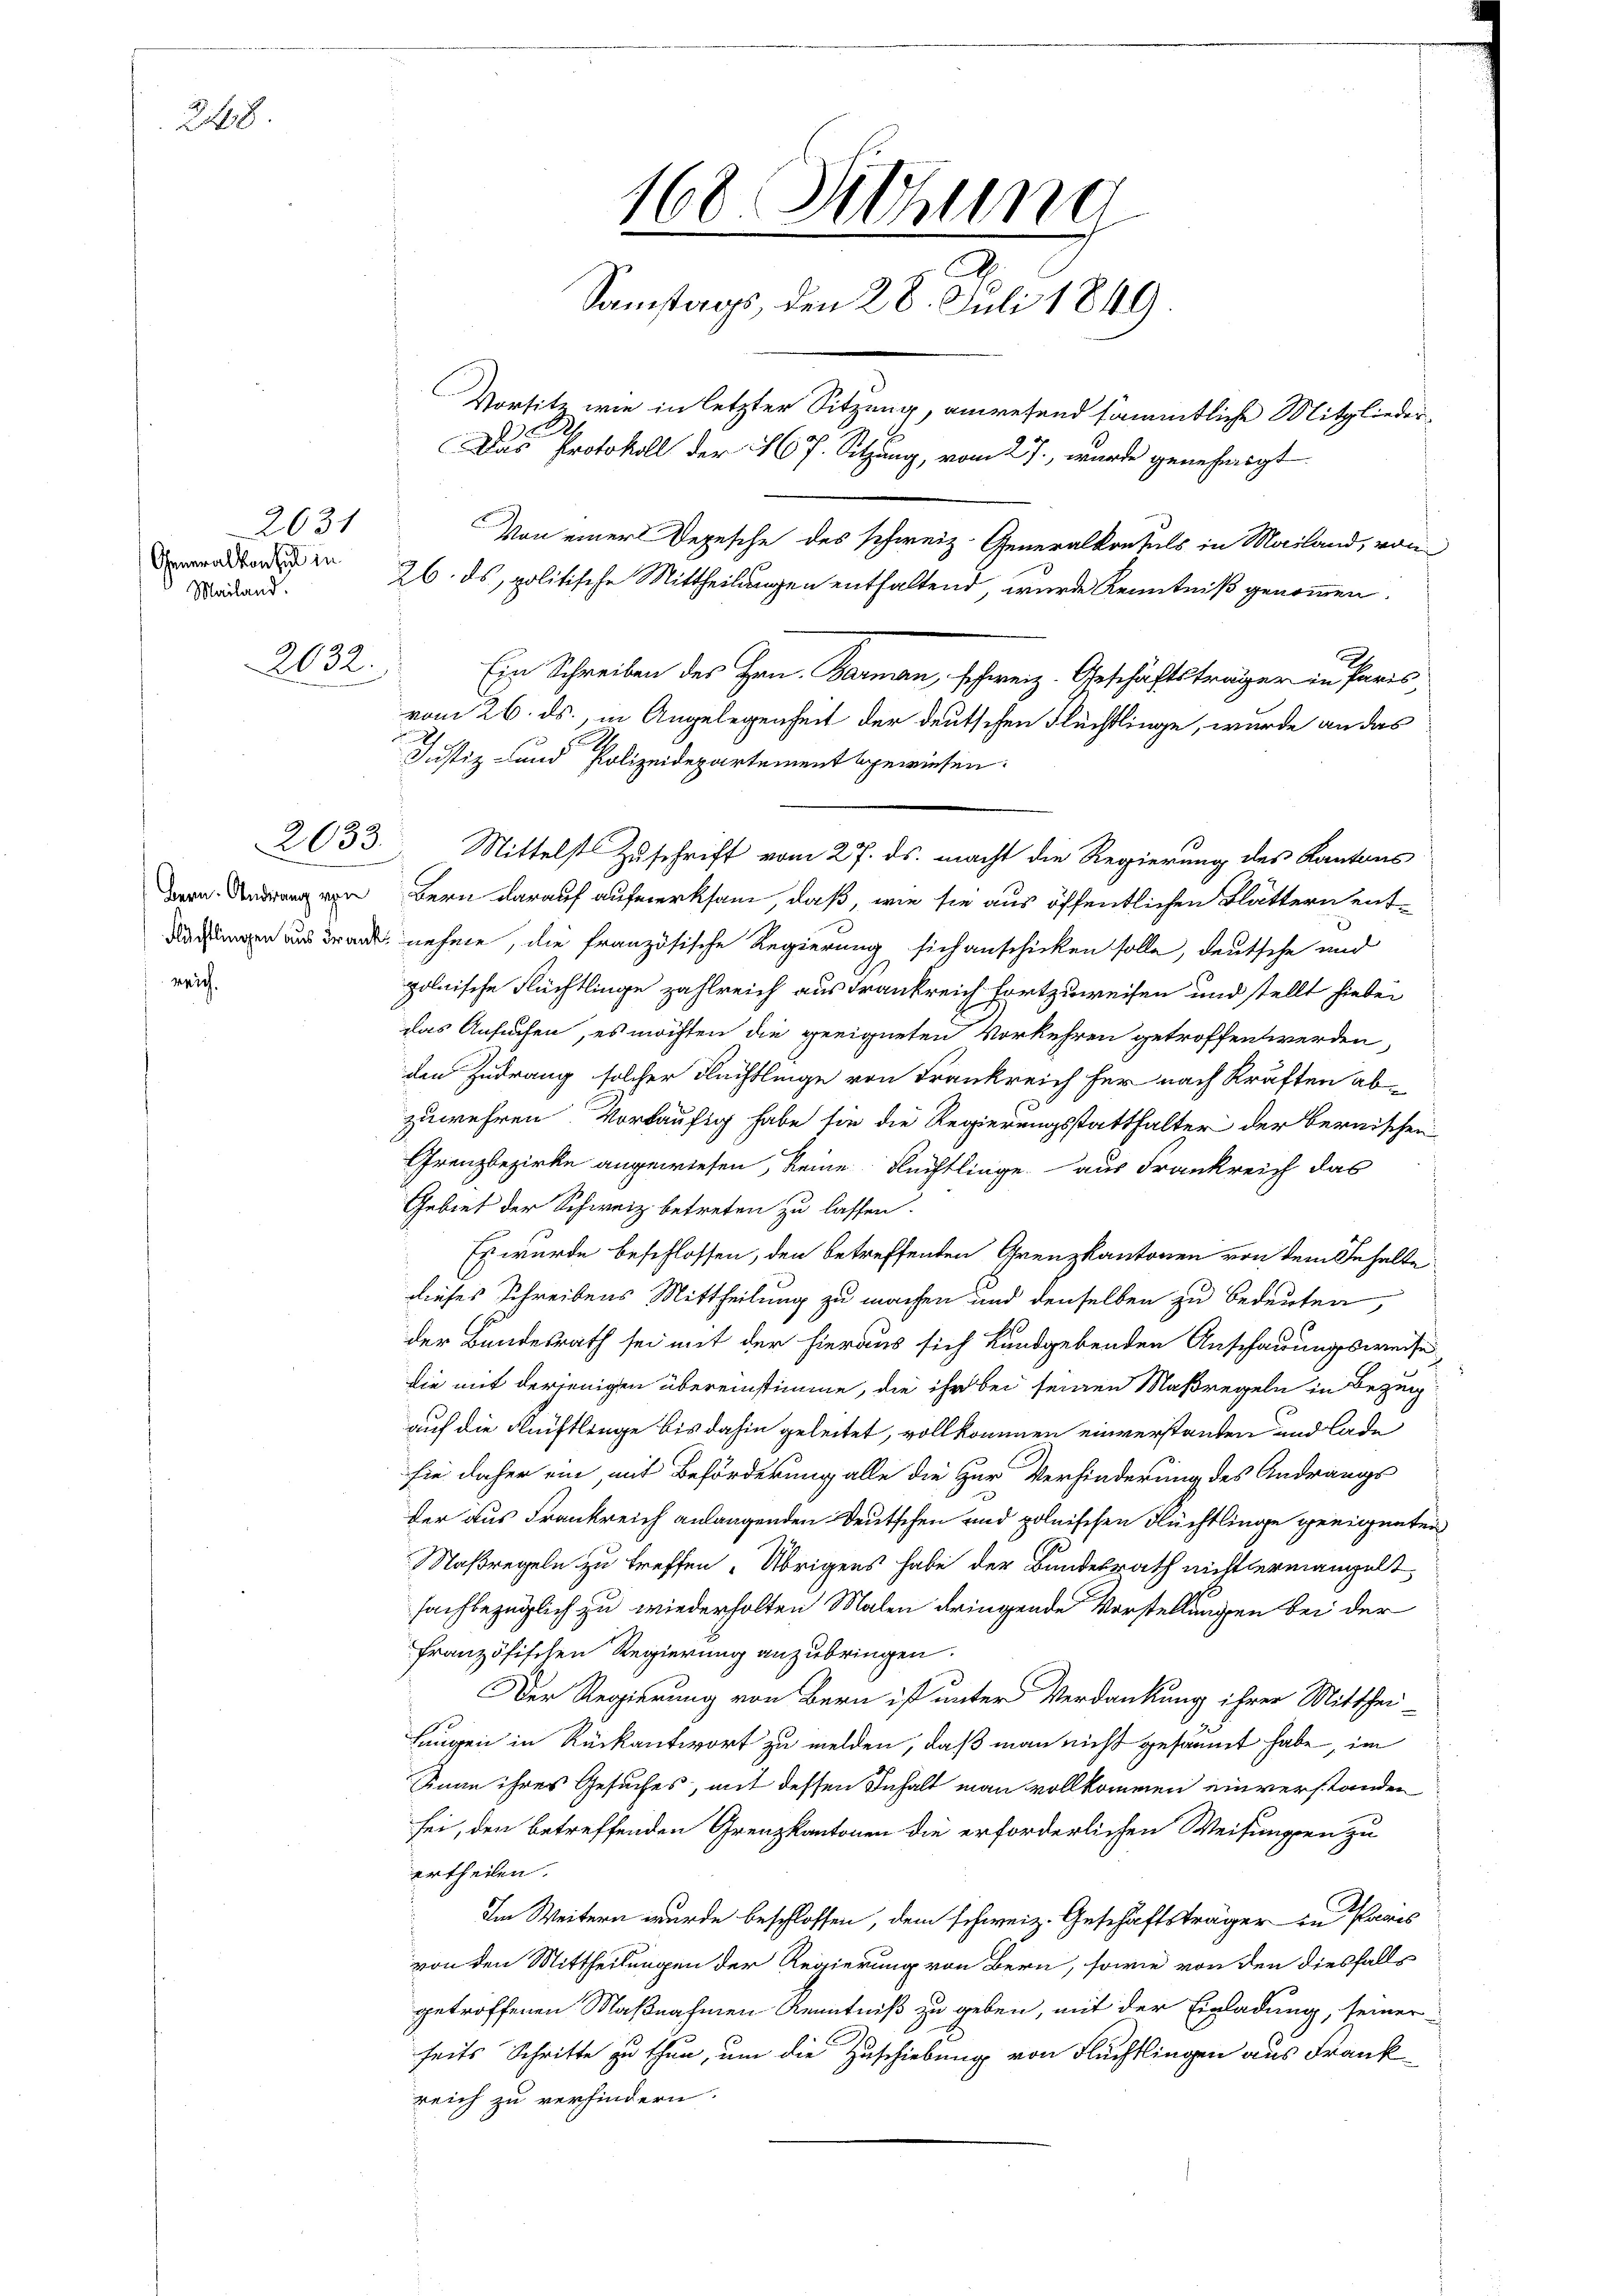
228.

2631
Generalkonsul in
Mailand.
2032.

.

Bern. Andrang von

168 Sitzung
Samstags, den 28. Juli 1849.
Vorsitz wie in letzter Sitzung, anwesend sämmtliche Mitglieder¬
Das Protokoll der 467. Sitzung, vom 27., wurde genehmigt
Von einer Depesche des schweiz. Generalkonsuls in Mailand, von
26. ds, politische Mittheilungen enthaltend, wurde Kenntniß genommen.

Ein Schreiben des Hrn. Baran, schweiz. Geschäftsträger in Paris
vom 26. ds., in Angelegenheit der deutschen Flüchtlinge, wurde an das
2
Justiz- und Polizeidepartement bewiesen.

2033 Mittelst Zuschrift vom 27. ds. macht die Regierung des Kantons
Bern darauf aufmerksam, daß, wie sie aus öffentlichen Blättern entagen aus Brand nehme, die französische Regierung sich anschicken solle, deutsche und
polnische Flüchtlinge zahlreich aus Frankreich fortzuweisen und stellt hiebei
das Ansuchen, es möchten die geeigneten Vorkehren getroffen werden,
den Zudrang solcher Flüchtlinge von Frankreich her nach Kräften abzuwehren, vorläufig habe sie die Regierungsstatthalter der bernischen
Grenzbezirke angewiesen, keine Flüchtlinge aus Frankreich das
Gebiet der Schweiz betreten zu lassen.
Es wurde beschlossen, den betreffenden Grenzkantonen von dem Inhalte
dieses Schreibens Mittheilung zu machen und denselben zu bedeuten,
der Bundesrath sei mit der hieraus sich kundgebenden Anschauungsweise
die mit derjenigen übereinstimme, die ihr bei seinen Maßregeln in Bezugauf die Fleistlinge bis dahin geleitet, vollkommen einverstanden und lade
sie daher ein, mit Beförderung alle die Zur Verhinderung des Andrangs
der aus Frankreich anlangenden Deutschen und polnischen Flüchtlinge geeigneten
Maßregeln zu treffen. Übrigens habe der Bundesrath nicht ermangelt,
fachbezüglich zu wiederholten Malen dringende Vorstellungen bei der
französischen Regierung anzubringen.
Der Regierung von Bern ist unter Verdankung ihrer Mitthei-
Langen in Rückantwort zu melden, daß man nicht gesammt habe, im
Sinne ihres Gesuches, mit dessen Inhalt man vollkommen einverstanden
sei, den betreffenden Grenzkantonen die erforderlichen Weisungen zu
ertheilen.
Im Weitern wurde beschlossen, dem schweiz. Geschäftsträger in Paar
von den Mittheilungen der Regierung von Bern, sowie von den diesfalls
getroffenen Maßnahmen Kenntniß zu geben, mit der Einladung, seiner-
seits Schritte zu thun, um die Zuschiebung von Flüchtlingen aus Frank
reich zu verhindern.